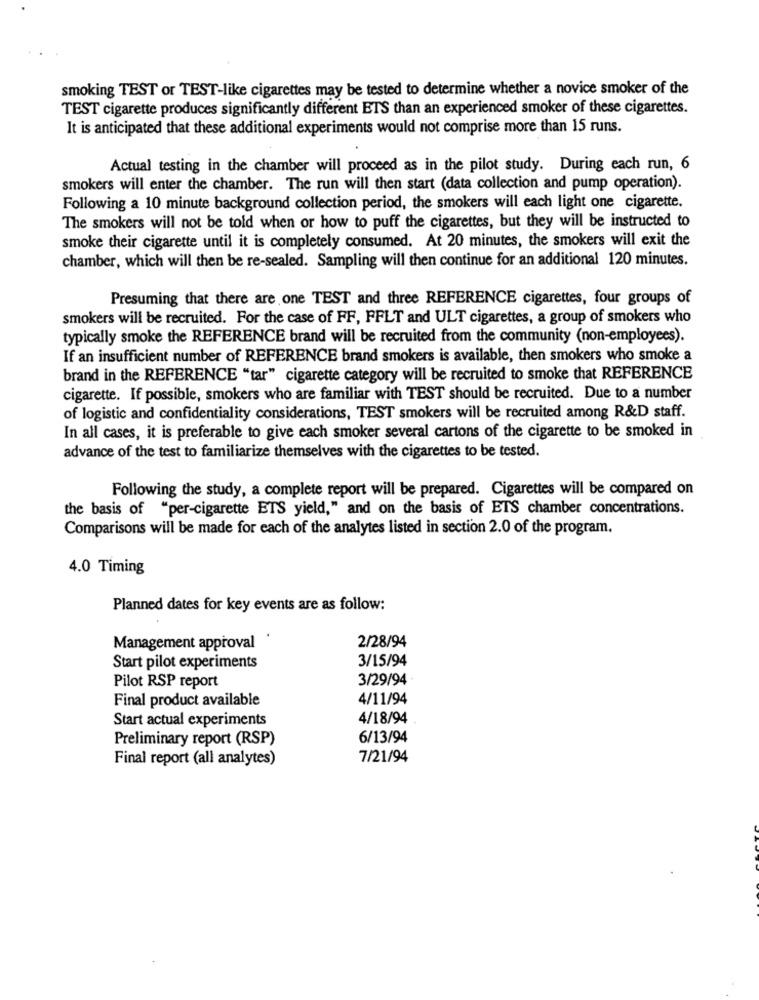
smoking TEST or TEST-like cigarettes may be tested to determine whether a novice smoker of the
TEST cigarette produces significantly different ETS than an experienced smoker of these cigarettes.
It is anticipated that these additional experiments would not comprise more than 15 runs.
Actual testing in the chamber will proceed as in the pilot study. During each run, 6
smokers will enter the chamber. The run will then start (data collection and pump operation).
Following a 10 minute background collection period, the smokers will each light one cigarette.
The smokers will not be told when or how to puff the cigarettes, but they will be instructed to
smoke their cigarette until it is completely consumed. At 20 minutes, the smokers will exit the
chamber, which will then be re-sealed. Sampling will then continue for an additional 120 minutes.
Presuming that there are one TEST and three REFERENCE cigarettes, four groups of
smokers will be recruited. For the case of FF, FFLT and ULT cigarettes, a group of smokers who
typically smoke the REFERENCE brand will be recruited from the community (non-employees).
If an insufficient number of REFERENCE brand smokers is available, then smokers who smoke a
brand in the REFERENCE "tar" cigarette category will be recruited to smoke that REFERENCE
cigarette. If possible, smokers who are familiar with TEST should be recruited. Due to a number
of logistic and confidentiality considerations, TEST smokers will be recruited among R&D staff.
In all cases, it is preferable to give each smoker several cartons of the cigarette to be smoked in
advance of the test to familiarize themselves with the cigarettes to be tested.
Following the study, a complete report will be prepared. Cigarettes will be compared on
the basis of "per-cigarette ETS yield," and on the basis of ETS chamber concentrations.
Comparisons will be made for each of the analytes listed in section 2.0 of the program.
4.0 Timing
Planned dates for key events are as follow:
2/28/94
Management approval
3/15/94
Start pilot experiments
3/29/94
Pilot RSP report
Final product available
4/11/94
Start actual experiments
4/18/94
Preliminary report (RSP)
6/13/94
Final report (all analytes)
7/21/94